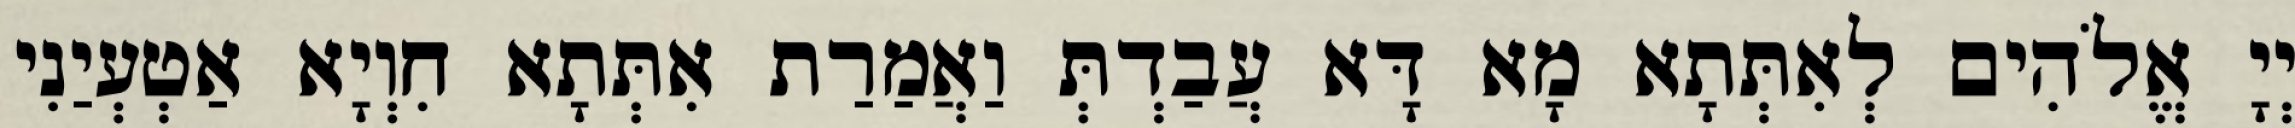
יְיָ אֱלֹהִים לְאִתְּתָא מָא דָּא עֲבַדְתְּ וַאֲמַרַת אִתְּתָא חִוְיָא אַטְעְיַנִי